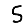
Digit: 5